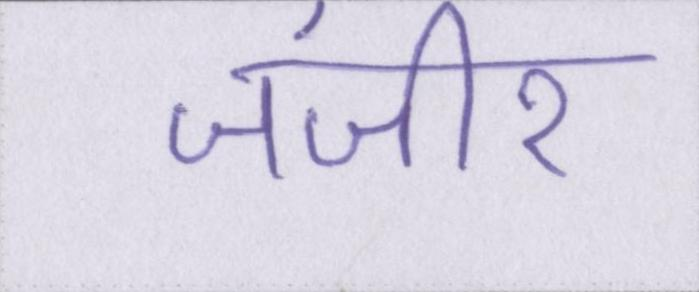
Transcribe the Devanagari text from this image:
जंजीर